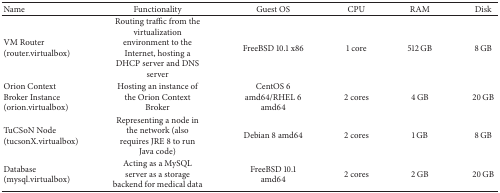
<table><thead><tr><td><b>Name</b></td><td><b>Functionality</b></td><td><b>Guest OS</b></td><td><b>CPU</b></td><td><b>RAM</b></td><td><b>Disk</b></td></tr></thead><tbody><tr><td>VM Router (router.virtualbox)</td><td>Routing traffic from the virtualization environment to the Internet, hosting a DHCP server and DNS server</td><td>FreeBSD 10.1 x86</td><td>1 core</td><td>512 GB</td><td>8 GB</td></tr><tr><td>Orion Context Broker Instance (orion.virtualbox)</td><td>Hosting an instance of the Orion Context Broker</td><td>CentOS 6 amd64/RHEL 6 amd64</td><td>2 cores</td><td>4 GB</td><td>20 GB</td></tr><tr><td>TuCSoN Node (tucsonX.virtualbox)</td><td>Representing a node in the network (also requires JRE 8 to run Java code)</td><td>Debian 8 amd64</td><td>2 cores</td><td>1 GB</td><td>8 GB</td></tr><tr><td>Database (mysql.virtualbox)</td><td>Acting as a MySQL server as a storage backend for medical data</td><td>FreeBSD 10.1 amd64</td><td>2 cores</td><td>2 GB</td><td>20 GB</td></tr></tbody></table>